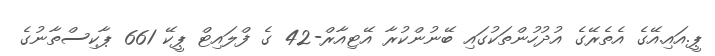
ޕީ.އައި.އޭގެ އެތެރޭގެ އުދުހުންތަކުގައި ބޭނުންކުރާ އޭޓިއާރް-42 ގެ ފްލައިޓް ޕީކޭ 661 ޕާކިސްތާނުގެ